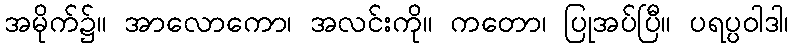
အမိုက်၌။ အာလောကော၊ အလင်းကို။ ကတော၊ ပြုအပ်ပြီ။ ပရပ္ပဝါဒါ၊